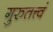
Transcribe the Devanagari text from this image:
गुरुतत्त्वं